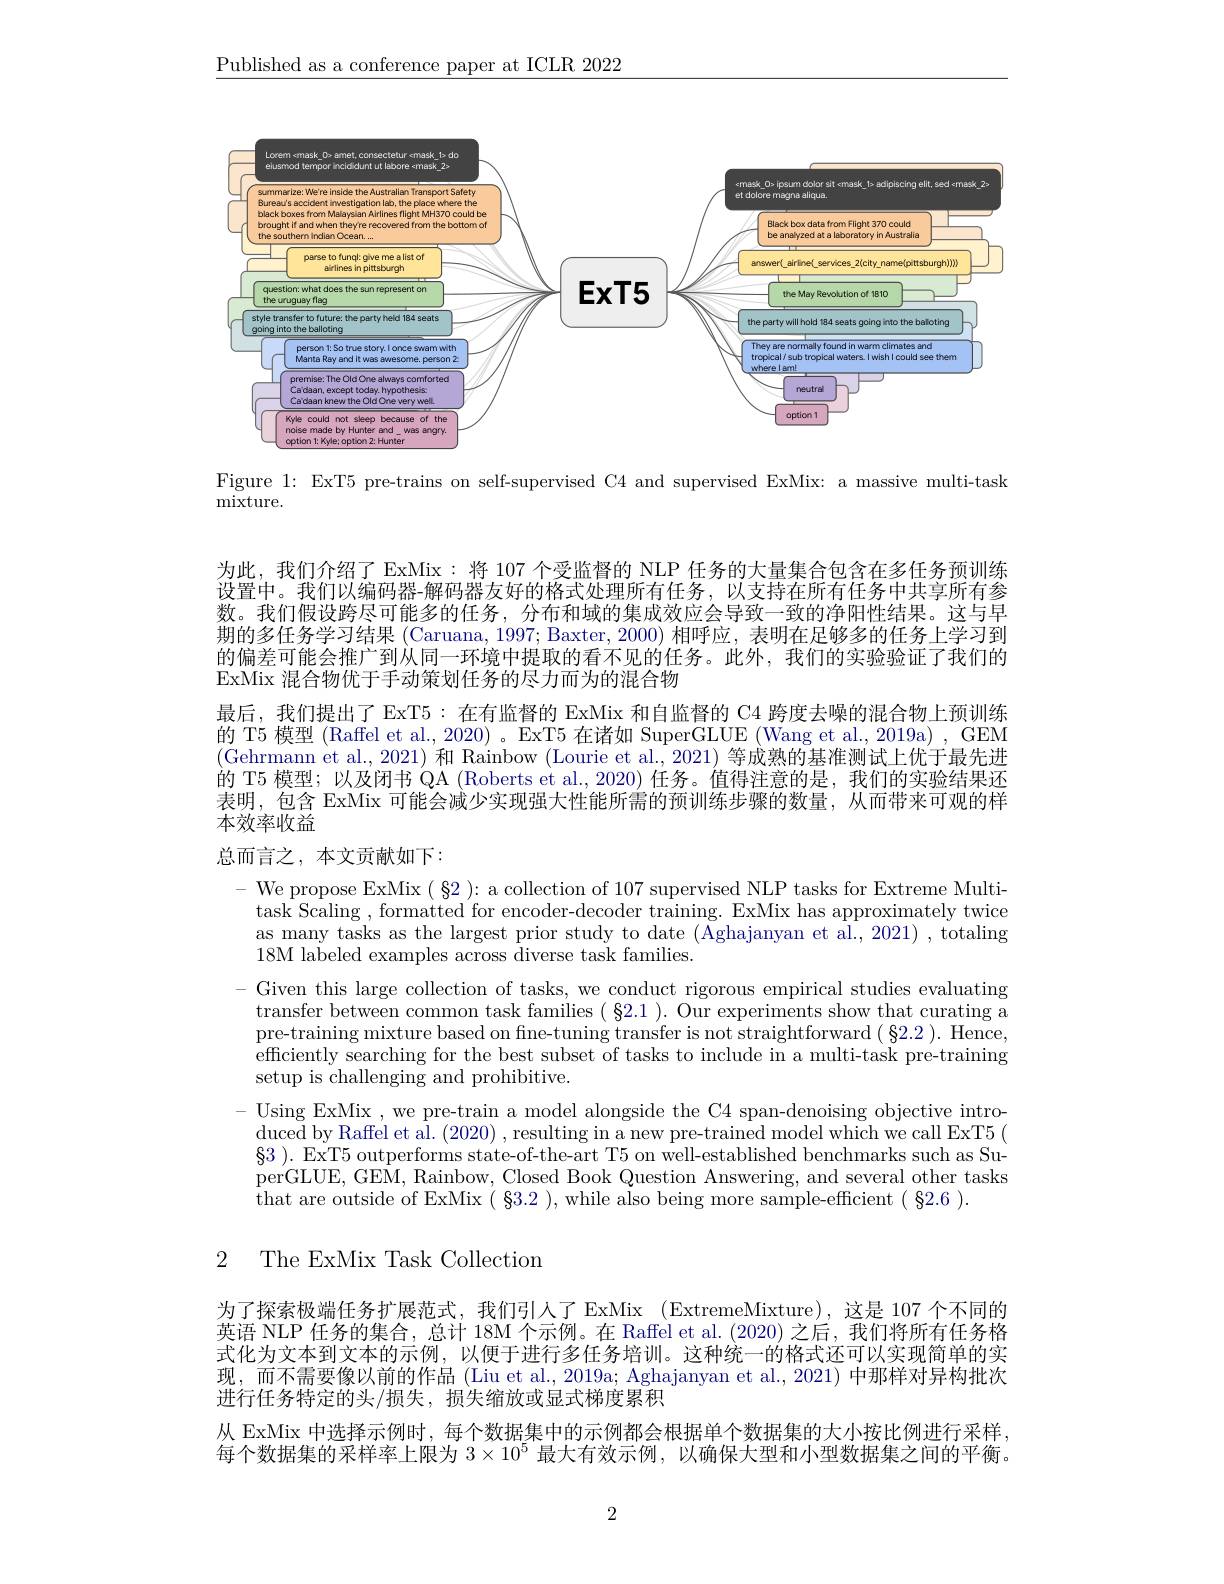
$\underline{\text{Published as a conference paper at ICLR 2022}}$

<FigureHere>

Figure 1: ExT5 pre-trains on self-supervised C4 and supervised ExMix: a massive multi-task

mixture.

为此，我们介绍了 ExMix: 将 107 个受监督的 NLP 任务的大量集合包含在多任务预训练设置中。我们以编码器-解码器友好的格式处理所有任务，以支持在所有任务中共享所有参数。我们假设跨尽可能多的任务，分布和域的集成效应会导致一致的净阳性结果。这与早期的多任务学习结果 (Caruana, 1997; Baxter, 2000) 相呼应，表明在足够多的任务上学习到的偏差可能会推广到从同一环境中提取的看不见的任务。此外，我们的实验验证了我们的ExMix 混合物优于手动策划任务的尽力而为的混合物
最后，我们提出了 ExT5: 在有监督的 ExMix 和自监督的 C4 跨度去噪的混合物上预训练的 T5 模型 (Raffel et al., 2020) 。ExT5 在诸如 SuperGLUE (Wang et al., 2019a) , GEM (Gehrmann et al., 2021) 和 Rainbow (Lourie et al., 2021) 等成熟的基准测试上优于最先进的 T5 模型；以及闭书 QA (Roberts et al., 2020) 任务。值得注意的是，我们的实验结果还表明，包含 ExMix 可能会减少实现强大性能所需的预训练步骤的数量，从而带来可观的样本效率收益

总而言之，本文贡献如下：

We propose ExMix $(\S2$ ): a collection of 107 supervised NLP tasks for Extreme Multitask Scaling , formatted for encoder-decoder training. ExMix has approximately twice as many tasks as the largest prior study to date (Aghajanyan et al., 2021) , totaling 18M labeled examples across diverse task families.
Given this large collection of tasks, we conduct rigorous empirical studies evaluating transfer between common task families (82.1). Our experiments show that curating a pre-training mixture based on fıne-tuning transfer is not straightforward $(\S2.2).$ Hence, efficiently searching for the best subset of tasks to include in a multi-task pre-training setup is challenging and prohibitive.
- Using ExMix , we pre-train a model alongside the C4 span-denoising objective introduced by Raffel et al. (2020) , resulting in a new pre-trained model which we call ExT5 ( $\S 3$ ). $\ddot{\text{ExT5 outperforms state- of- the- art T5 on well- established benchmarks such as Su- }}$ perGLUE, GEM, Rainbow, Closed Book Question Answering, and several other tasks that are outside of ExMix ( 83. 2 ) , while also being more sample- efficient ( 82. 6 ) .

## 2 The ExMix Task Collection

为了探索极端任务扩展范式，我们引人了 ExMix (ExtremeMixture),这是 107 个不同的英语 NLP 任务的集合，总计 18M 个示例。在 Raffel et al. (2020) 之后，我们将所有任务格式化为文本到文本的示例，以便于进行多任务培训。这种统一的格式还可以实现简单的实现，而不需要像以前的作品 (Liu et al., 2019a; Aghajanyan et al., 2021) 中那样对异构批次进行任务特定的头/损失，损失缩放或显式梯度累积
从 ExMix 中选择示例时，每个数据集中的示例都会根据单个数据集的大小按比例进行采样， 每个数据集的采样率上限为$3\times10^{5}$最大有效示例，以确保大型和小型数据集之间的平衡。

2